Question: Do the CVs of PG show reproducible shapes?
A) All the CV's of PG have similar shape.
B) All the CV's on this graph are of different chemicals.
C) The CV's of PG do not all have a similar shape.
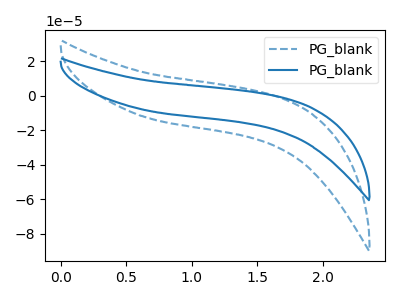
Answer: <think>The blue dashed curve "PG_blank1" has no peaks. The blue curve "PG_blank2" has no peaks.
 Neither "PG_blank1" or "PG_blank2" have any peaks.</think>
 <answer>A) All the CV's of "PG" have similar shape.</answer>
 <eval>A</eval>